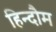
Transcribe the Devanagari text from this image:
हिन्दौम